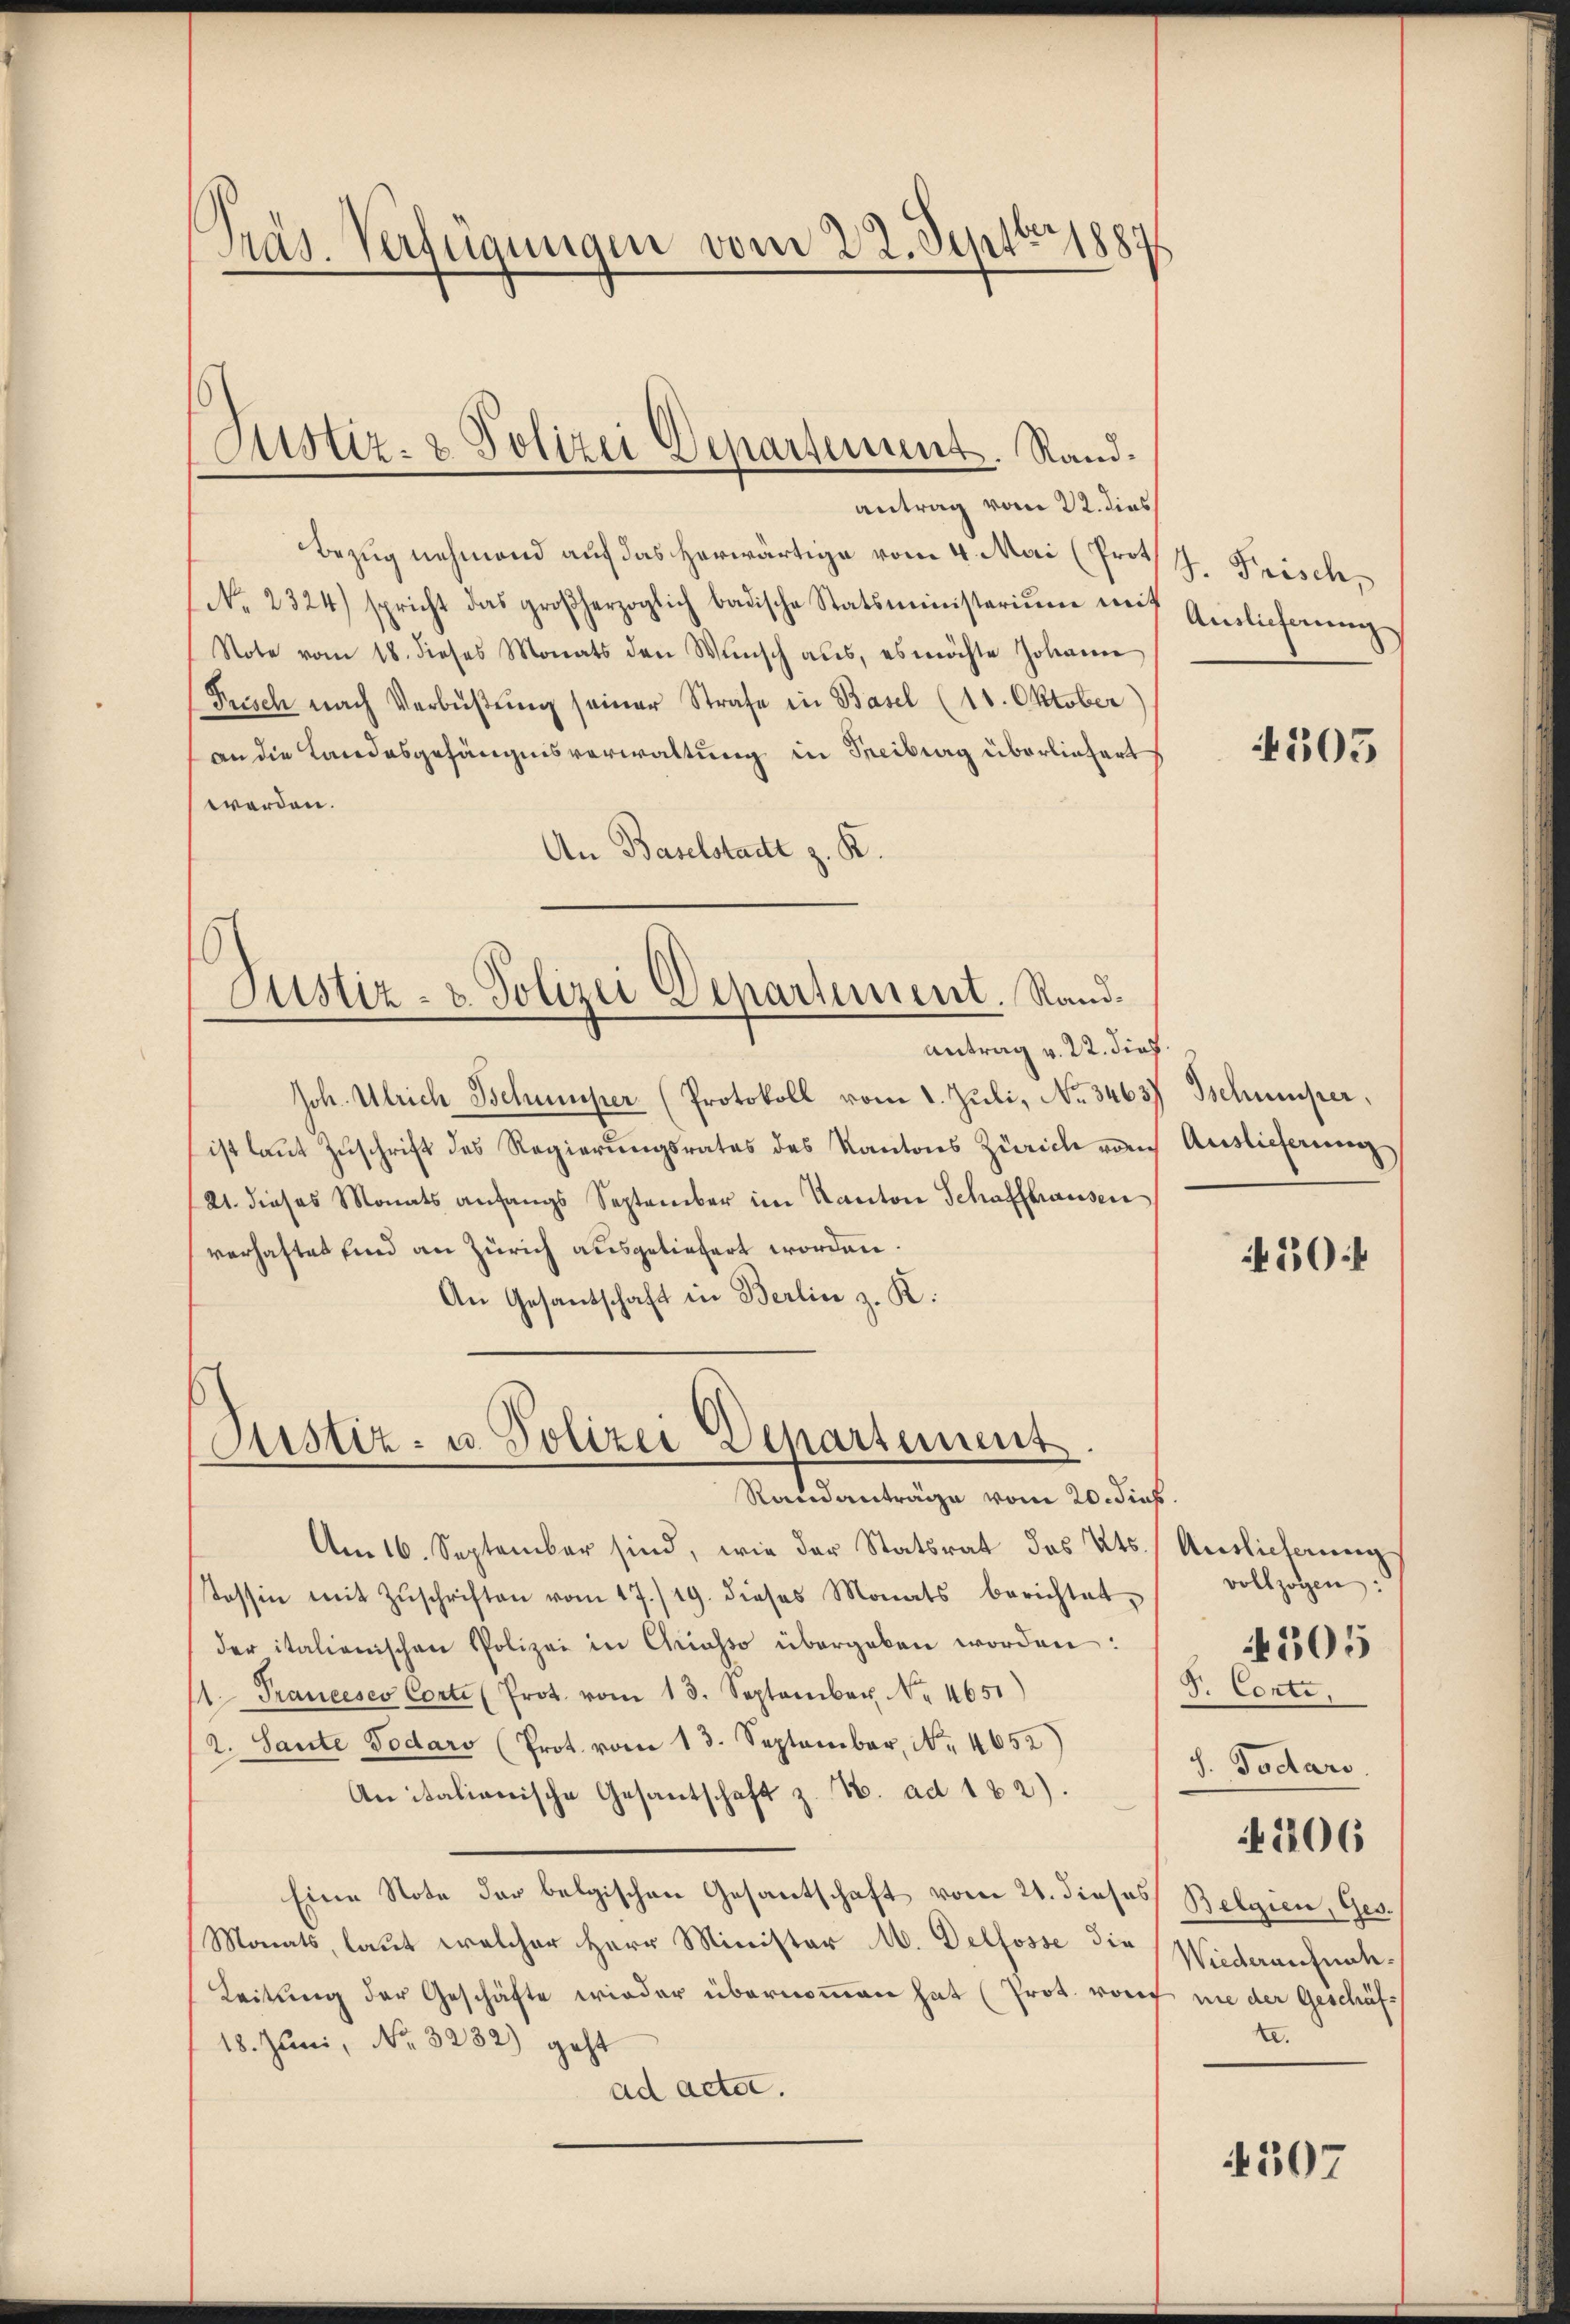
Präs. Verfügungen vom 22. Sept. 1880

Justiz- & Polizei Departement. Rand¬

antrag vom 22. dies
Bezug nehmend auf das herwärtige vom 4. Mai (Prot
No. 2324) spricht das großherzoglich badische Statsministerium mit
Note vom 18. dieses Monats den Wŭnsch aus, es möchte Johanne
Fusch nach Verbüßung seiner Strafe in Basel (11. Oktober
an die Landesgefängnisverwaltung in Freiburg überliefert
werden.
An Baselstadt z. K.
Justiz- & Polizei Departement. Rand¬
Antrag v. 22. dief
Joh. Ulrich Behumper (Protokoll vom 1. Juli, No 3463)
ist laut Zuschrift des Regierungsrates des Kantons Zürich von
121. dieses Monats anfangs September im Kanton Schaffhausen
verhaftet sind an Zürich ausgeliefert worden.
An Gesandschaft in Berlin z. K.

Justiz- u. Polizei Departement
Randanträge vom 20. dies

Am 16. September sind, wie der Statsrat des Kts. Auslieferung
tossen mit Zŭschriften vom 17./19. dieses Monats berichtet,
der italienischen Polizei in Aiasso übergeben worden:
1 Prancesco Corte (Prot. vom 13. September Nr. 4651)
2. Sante Todar (Prot. vom 13. September, No. 4652) " J. Gudars
Anitalienische Gesantschaft z. B. ad 122).
Eine Note der belgischen Gesantschaft vom 21. dieses Belgien, Ges.
Monats, laut welcher Herr Minister M. Delfosse die Wiederaufnah¬
Leitung der Geschäfte wieder übernommen hat (Prot. vorf nie der Geschäf¬
18. Juni, No. 3282) geht
ad acta.

J. Frisch,
Auslieferung

4505

Tschumper,
Auslieferung

450:

vollzogen:
S. Corte,
106
2.

4307

505